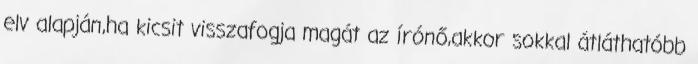
elv alapján,ha kicsit visszafogja magát az írónő,akkor sokkal átláthatóbb